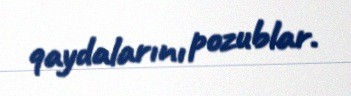
qaydalarını pozublar.